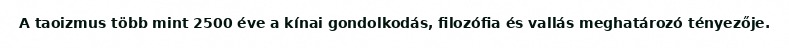
A taoizmus több mint 2500 éve a kínai gondolkodás, filozófia és vallás meghatározó tényezője.